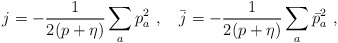
\begin{align*}j = -\frac{1}{2(p+\eta)}\sum_a p_a^2~, ~~~\bar{j} = -\frac{1}{2(p+\eta)}\sum_a \bar{p}_a^2~,\end{align*}